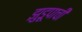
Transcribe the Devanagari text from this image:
झुडूपाची